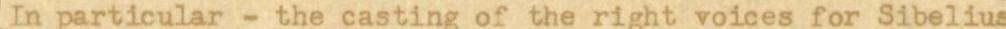
In particular - the casting of the right voices for Sibelius